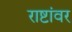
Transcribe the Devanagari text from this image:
राष्टांवर